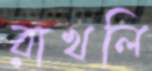
রাখলি